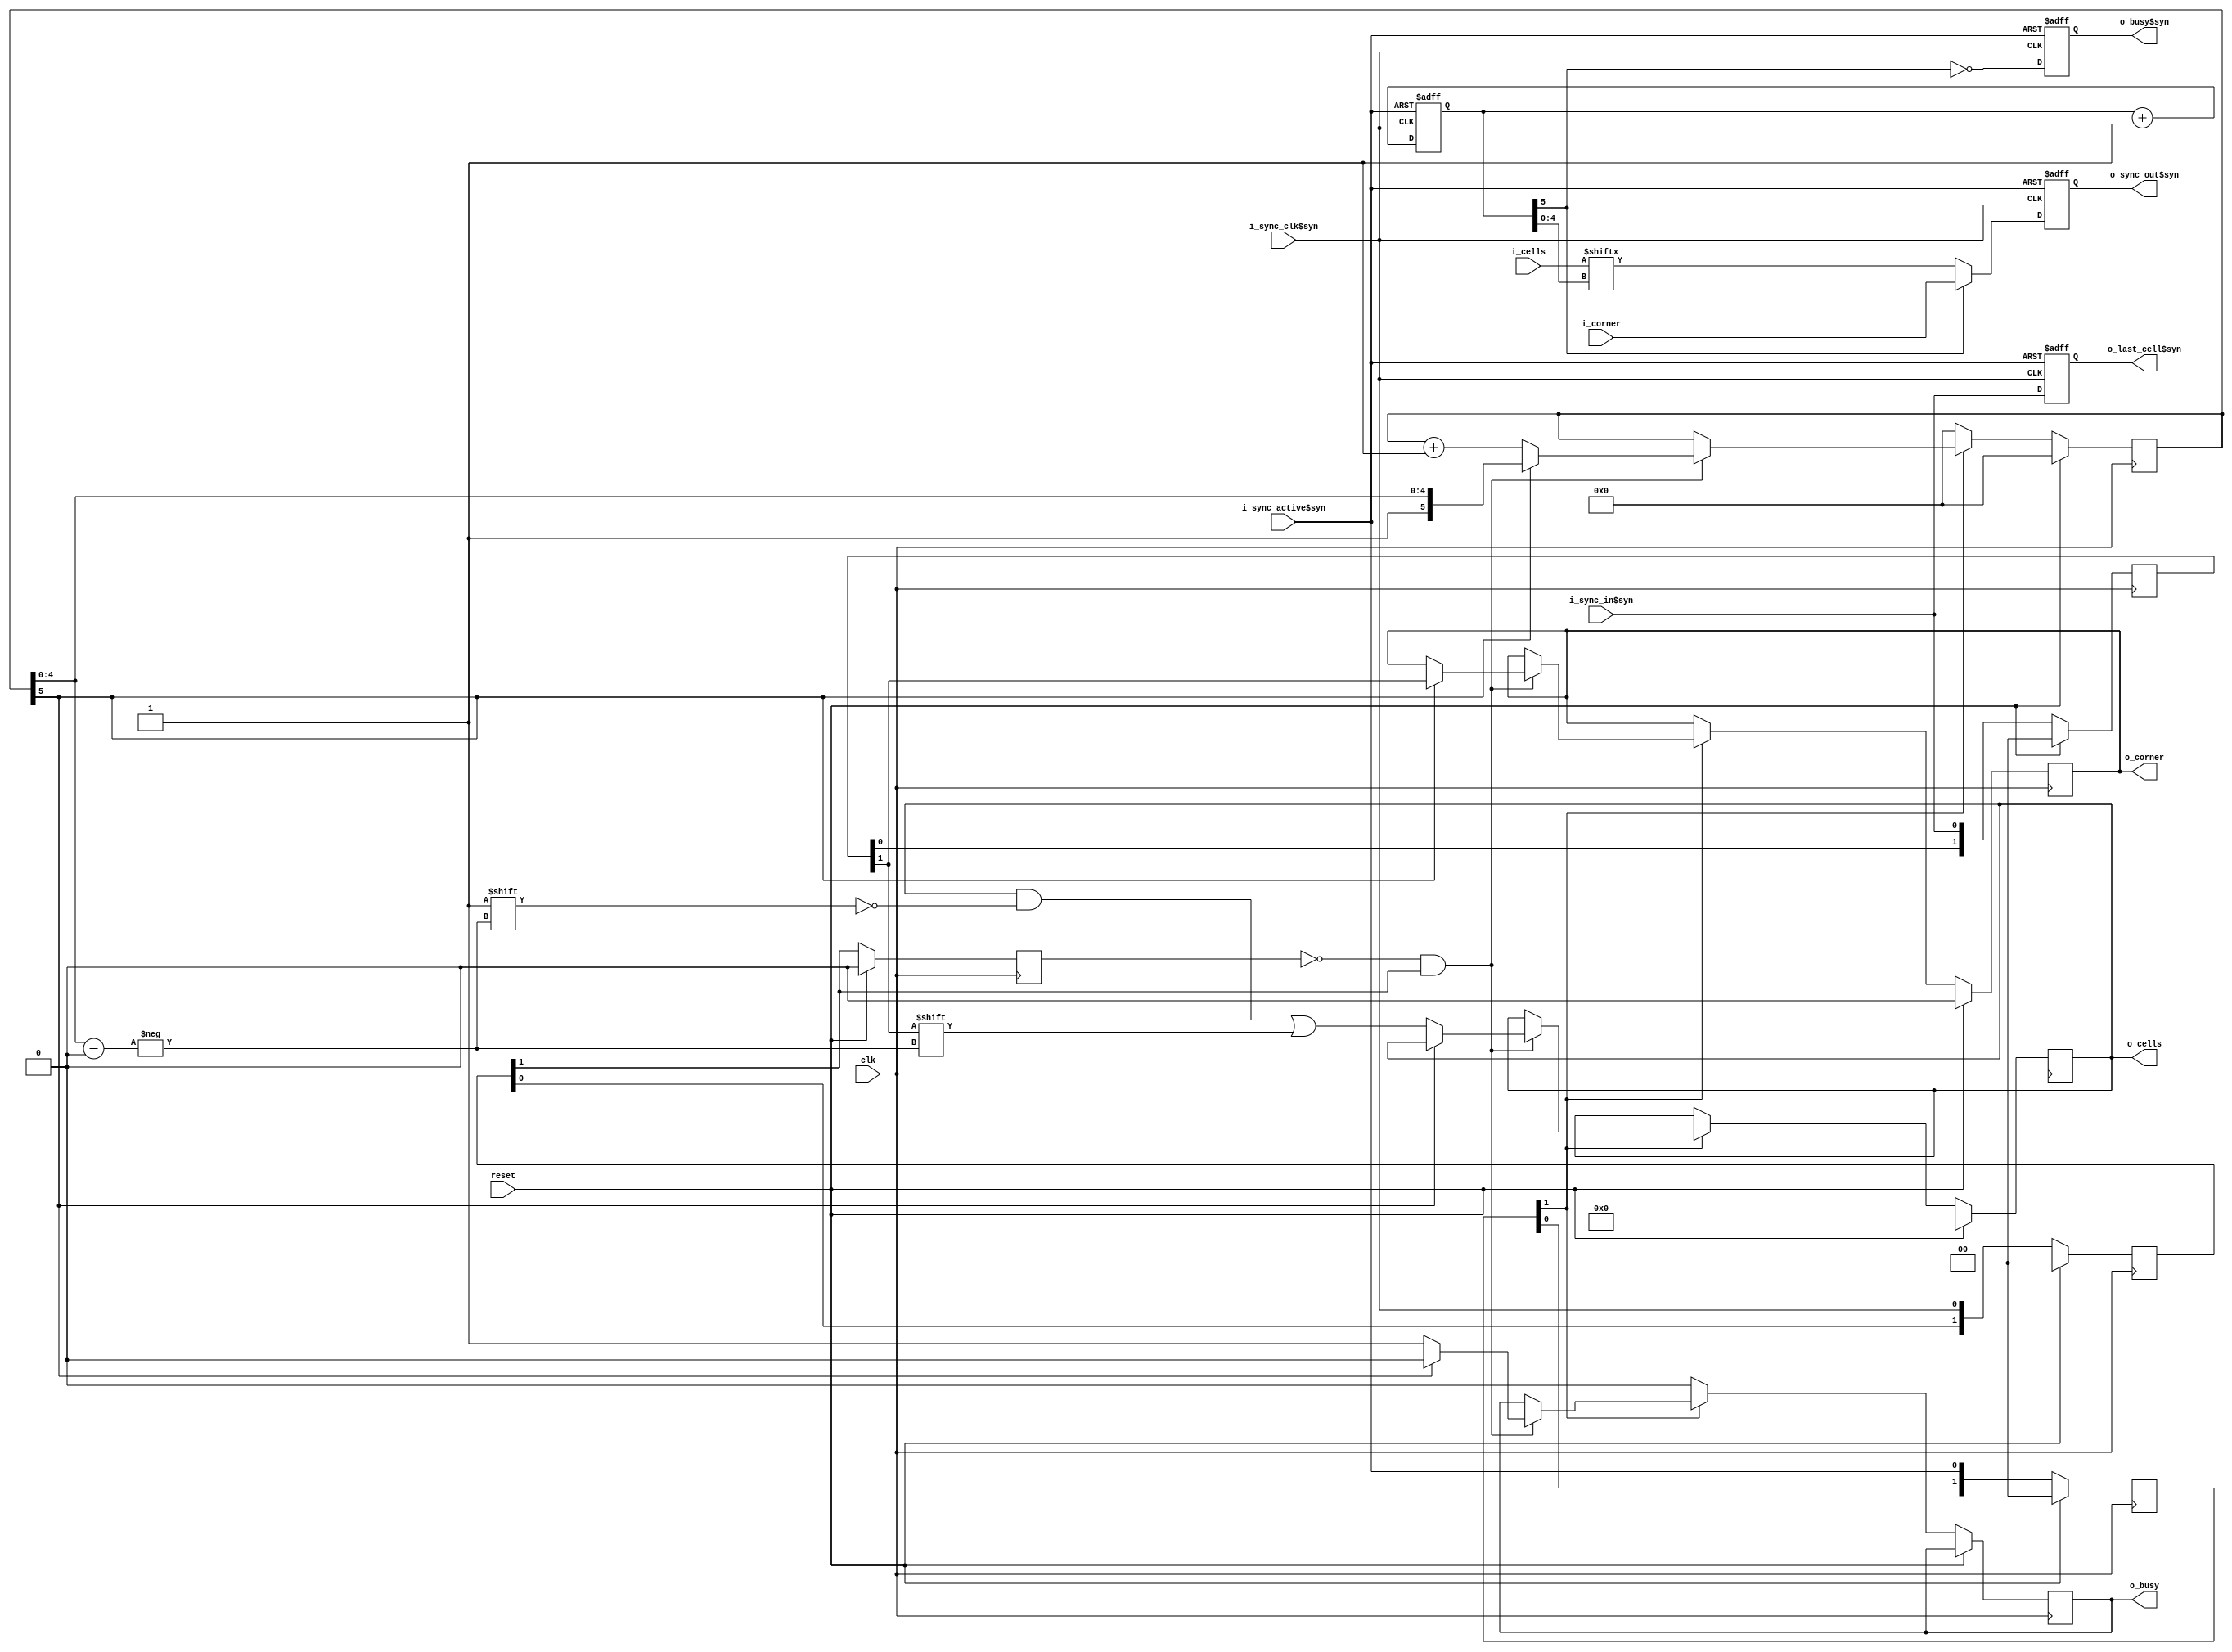
// SPDX-FileCopyrightText:  2021 Uri Shaked <uri@wokwi.com>
// SPDX-License-Identifier: MIT

`default_nettype none
//
`timescale 1ns / 1ps

/* notes: 
   - i_cells is must not change while sync_active$syn is high 
   - i_corner always depends on o_cells[0] or o_last_cell$syn,
     so it should be valid by the time send_corner$syn goes high.
*/
module silife_grid_sync_edge #(
    parameter WIDTH = 32
) (
    input wire reset,
    input wire clk,

    input  wire i_sync_clk$syn,
    input  wire i_sync_active$syn,
    input  wire i_sync_in$syn,
    output reg  o_sync_out$syn,
    output reg  o_busy$syn,
    output reg  o_busy,

    input wire i_corner,
    input wire [WIDTH-1:0] i_cells,
    output reg o_corner,
    output reg [WIDTH-1:0] o_cells,
    output reg o_last_cell$syn
);

  localparam width_bits = $clog2(WIDTH);

  reg [width_bits:0] bit_index_out$syn;
  wire [width_bits-1:0] cell_index_out$syn = bit_index_out$syn[width_bits-1:0];
  wire send_corner$syn = bit_index_out$syn[width_bits];

  always @(negedge i_sync_clk$syn or negedge i_sync_active$syn) begin
    if (!i_sync_active$syn) begin
      bit_index_out$syn <= 0;
      o_sync_out$syn <= 1'b0;
      o_busy$syn <= 1'b0;
    end else begin
      bit_index_out$syn <= bit_index_out$syn + 1;
      o_sync_out$syn <= send_corner$syn ? i_corner : i_cells[cell_index_out$syn];
      o_busy$syn <= !send_corner$syn;
    end
  end

  always @(posedge i_sync_clk$syn or negedge i_sync_active$syn) begin
    if (!i_sync_active$syn) begin
      o_last_cell$syn <= 0;
    end else begin
      o_last_cell$syn <= i_sync_in$syn;
    end
  end

  reg [width_bits:0] bit_index_in;
  wire [width_bits-1:0] cell_index_in = bit_index_in[width_bits-1:0];
  wire receive_corner = bit_index_in[width_bits];

  reg [1:0] sync_active_buf;
  reg [1:0] sync_clk_buf;
  reg [1:0] sync_in_buf;

  wire sync_clk = sync_clk_buf[1];
  wire sync_active = sync_active_buf[1];
  wire sync_in = sync_in_buf[1];
  reg prev_sync_clk;

  always @(posedge clk) begin
    if (reset) begin
      o_corner <= 1'b0;
      o_cells <= {WIDTH{1'b0}};
      sync_active_buf <= 2'b00;
      sync_clk_buf <= 2'b00;
      sync_in_buf <= 2'b00;
      bit_index_in <= 0;
      prev_sync_clk <= 0;
    end else begin
      sync_active_buf <= {sync_active_buf[0], i_sync_active$syn};
      sync_clk_buf <= {sync_clk_buf[0], i_sync_clk$syn};
      sync_in_buf <= {sync_in_buf[0], i_sync_in$syn};
      prev_sync_clk <= sync_clk_buf[1];
      if (!sync_active) begin
        bit_index_in <= 0;
        o_busy <= 0;
      end else if (!prev_sync_clk && sync_clk) begin
        if (receive_corner) begin
          o_busy   <= 0;
          o_corner <= sync_in;
        end else begin
          o_busy <= 1;
          o_cells[cell_index_in] <= sync_in;
          bit_index_in <= bit_index_in + 1;
        end
      end
    end
  end

endmodule